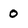
Character: 0